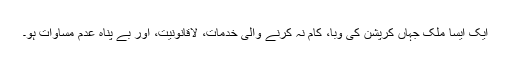
ایک ایسا ملک جہاں کرپشن کی وبا، کام نہ کرنے والی خدمات، لاقانونیت، اور بے پناہ عدم مساوات ہو۔